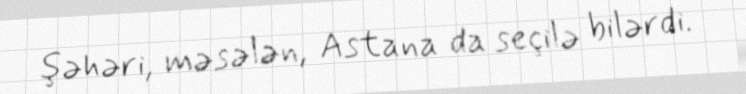
şəhəri, məsələn, Astana da seçilə bilərdi.